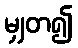
မျှတ၍